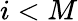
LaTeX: i<M